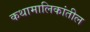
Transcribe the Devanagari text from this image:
कथामालिकांतील